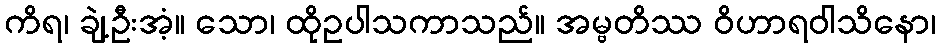
ကိရ၊ ချဲ့ဦးအံ့။ သော၊ ထိုဥပါသကာသည်။ အမ္ဗတိဿ ဝိဟာရဝါသိနော၊